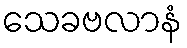
သေခဗလာနံ